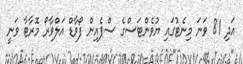
އަދި 81 ވަނަ މިނެޓުގައި ޔުވެންޓަސްގެ ސްޕެއިން ފޯވާޑް އަލްވާރޯ މޮރާޓާ ވަނީ